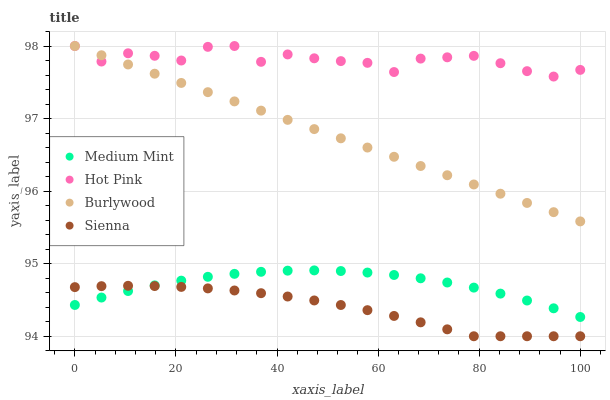
| xaxis_label | Medium Mint | Hot Pink | Burlywood | Sienna |
 | --- | --- | --- | --- | --- |
 | 0 | 94.4 | 98 | 98 | 94.7 |
 | 5.26 | 94.5 | 97.8 | 97.9 | 94.7 |
 | 10.5 | 94.6 | 97.9 | 97.7 | 94.7 |
 | 15.8 | 94.7 | 97.9 | 97.6 | 94.7 |
 | 21.1 | 94.8 | 97.8 | 97.5 | 94.7 |
 | 26.3 | 94.8 | 98 | 97.4 | 94.7 |
 | 31.6 | 94.9 | 98 | 97.2 | 94.6 |
 | 36.8 | 94.9 | 97.8 | 97.1 | 94.6 |
 | 42.1 | 94.9 | 97.9 | 97 | 94.5 |
 | 47.4 | 94.9 | 97.8 | 96.9 | 94.5 |
 | 52.6 | 94.9 | 97.8 | 96.7 | 94.4 |
 | 57.9 | 94.9 | 97.8 | 96.6 | 94.4 |
 | 63.2 | 94.8 | 97.6 | 96.5 | 94.3 |
 | 68.4 | 94.8 | 97.8 | 96.3 | 94.2 |
 | 73.7 | 94.7 | 97.8 | 96.2 | 94.1 |
 | 78.9 | 94.7 | 97.9 | 96.1 | 94 |
 | 84.2 | 94.6 | 97.8 | 96 | 94 |
 | 89.5 | 94.5 | 97.7 | 95.8 | 94 |
 | 94.7 | 94.4 | 97.6 | 95.7 | 94 |
 | 100 | 94.3 | 97.7 | 95.6 | 94 |